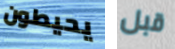
يحيطون قبل